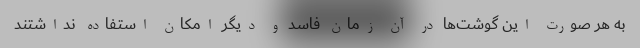
به هر صورت این گوشت‌ها در آن زمان فاسد و دیگر امکان استفاده نداشتند